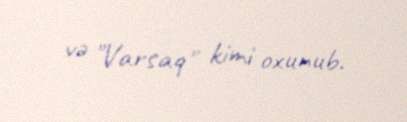
və "Varsaq" kimi oxunub.